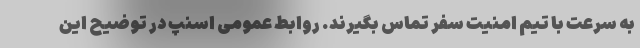
به سرعت با تیم امنیت سفر تماس بگیرند. روابط عمومی اسنپ در توضیح این